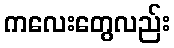
ကလေးတွေလည်း